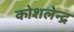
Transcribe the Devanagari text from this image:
कोशलेन्द्र